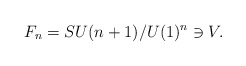
\begin{align*}F_n= SU(n+1)/U(1)^n \ni V .\end{align*}